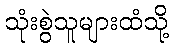
သုံးစွဲသူများထံသို့